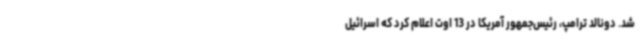
شد. دونالد ترامپ، رئیس‌جمهور آمریکا در 13 اوت اعلام کرد که اسرائیل